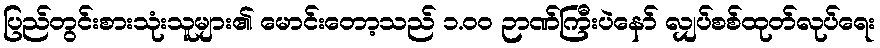
ပြည်တွင်းစားသုံးသူများ၏ မောင်းတော့သည် ၁.၀၀ ဉာဏ်ကြီးပဲနော် လျှပ်စစ်ထုတ်လုပ်ရေး